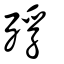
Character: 殍